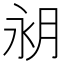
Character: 𪵵